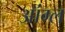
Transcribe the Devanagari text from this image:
ऑंग्ल